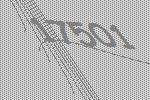
17501